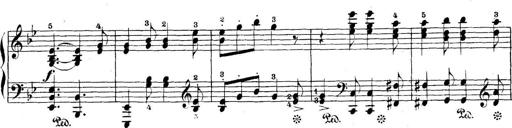
Title: 5 Sonatinas
Composer: Theodor Kirchner